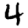
Digit: 4